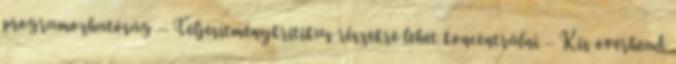
programozhatóság – Teljesítménykritikus részekre lehet koncentrálni – Kis overhead